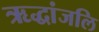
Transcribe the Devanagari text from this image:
ऋद्धांजलि